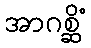
အာဂစ္ဆိံ